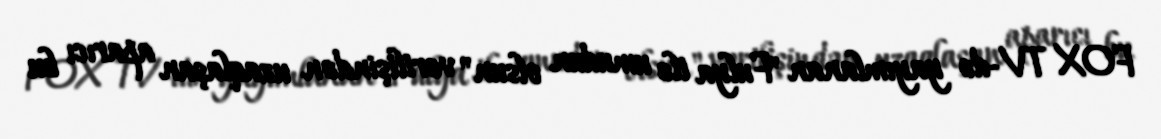
FOX TV-də yayımlanan "Fulya ilə umudun olsun" verilişindən uzaqlaşan aparıcı bu